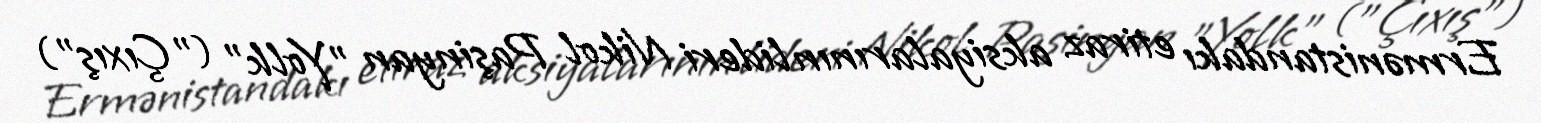
Ermənistandakı etiraz aksiyalarının lideri Nikol Paşinyan "Yolk" ("Çıxış")